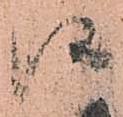
候